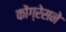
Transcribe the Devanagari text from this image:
कोंग्रेसने